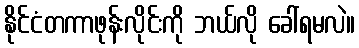
နိုင်ငံတကာဖုန်းလိုင်းကို ဘယ်လို ခေါ်ရမလဲ။